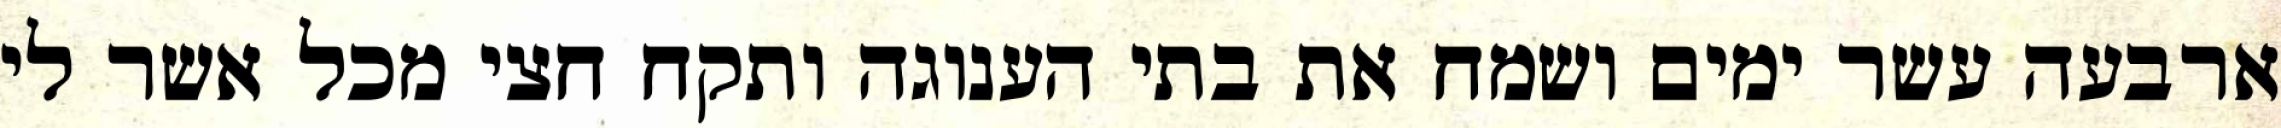
ארבעה עשר ימים ושמח את בתי הענוגה ותקח חצי מכל אשר לי